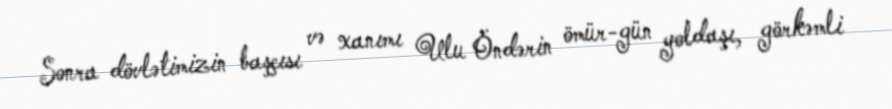
Sonra dövlətimizin başçısı və xanımı Ulu Öndərin ömür-gün yoldaşı, görkəmli